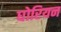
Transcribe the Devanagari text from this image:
घोरियन